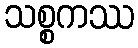
သစ္စကဿ